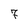
Character: 7